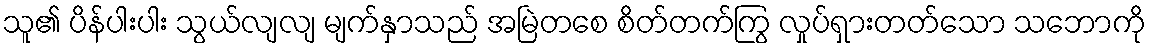
သူ၏ ပိန်ပါးပါး သွယ်လျလျ မျက်နှာသည် အမြဲတစေ စိတ်တက်ကြွ လှုပ်ရှားတတ်သော သဘောကို